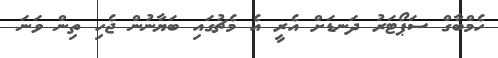
ހެމްބާގް ސަޕޯޓަރު ދަނޑަށް އެރީ އެ މެޗުގައި ބަޔާނުން ޖެހި ތިން ވަނަ